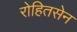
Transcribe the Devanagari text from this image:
रोहितसेन